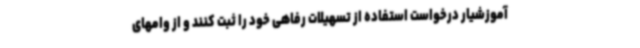
آموزشیار درخواست استفاده از تسهیلات رفاهی خود را ثبت کنند و از وامهای